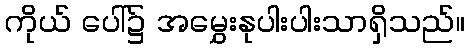
ကိုယ် ပေါ်၌ အမွှေးနုပါးပါးသာရှိသည်။